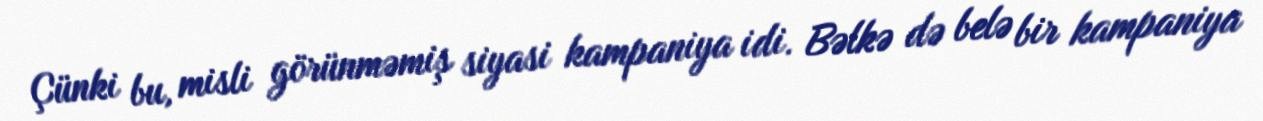
Çünki bu, misli görünməmiş siyasi kampaniya idi. Bəlkə də belə bir kampaniya